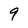
Character: 9